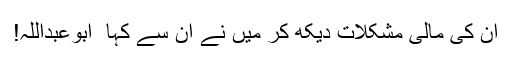
ان کی مالی مشکلات دیکھ کر میں نے ان سے کہا ٗ ابوعبداللہ!